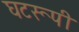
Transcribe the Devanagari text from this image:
घटरूपी